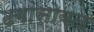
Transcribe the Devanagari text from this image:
ढगांसोबत